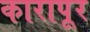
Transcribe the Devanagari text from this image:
कारापूर